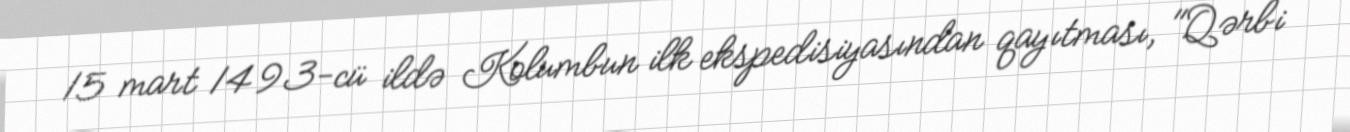
15 mart 1493-cü ildə Kolumbun ilk ekspedisiyasından qayıtması, "Qərbi